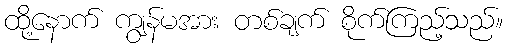
ထို့နောက် ကျွန်မအား တစ်ချက် စိုက်ကြည့်သည်။